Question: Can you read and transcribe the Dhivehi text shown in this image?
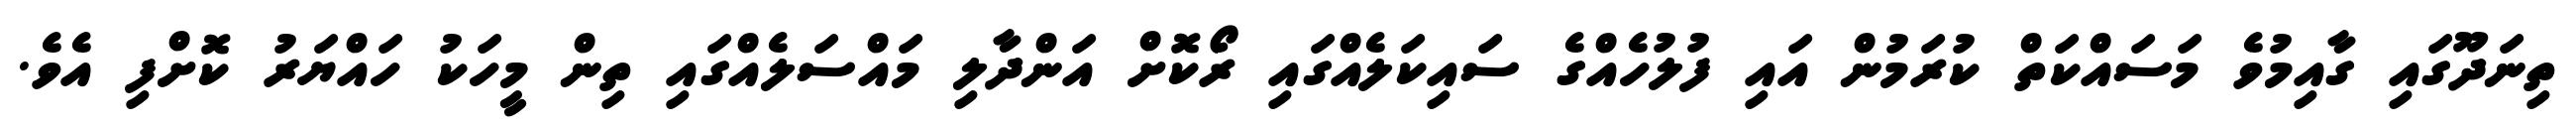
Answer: ތިނަދޫގައި ގާއިމުވެ މަސައްކަތް ކުރަމުން އައި ފުލުހެއްގެ ސައިކަލެއްގައި ރޯކޮށް އަންދާލި މައްސަލެއްގައި ތިން މީހަކު ހައްޔަރު ކޮށްފި އެވެ.